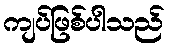
ကျပ်ဖြစ်ပါသည်